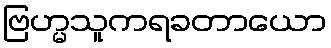
ဗြဟ္မသူကရခတာယော